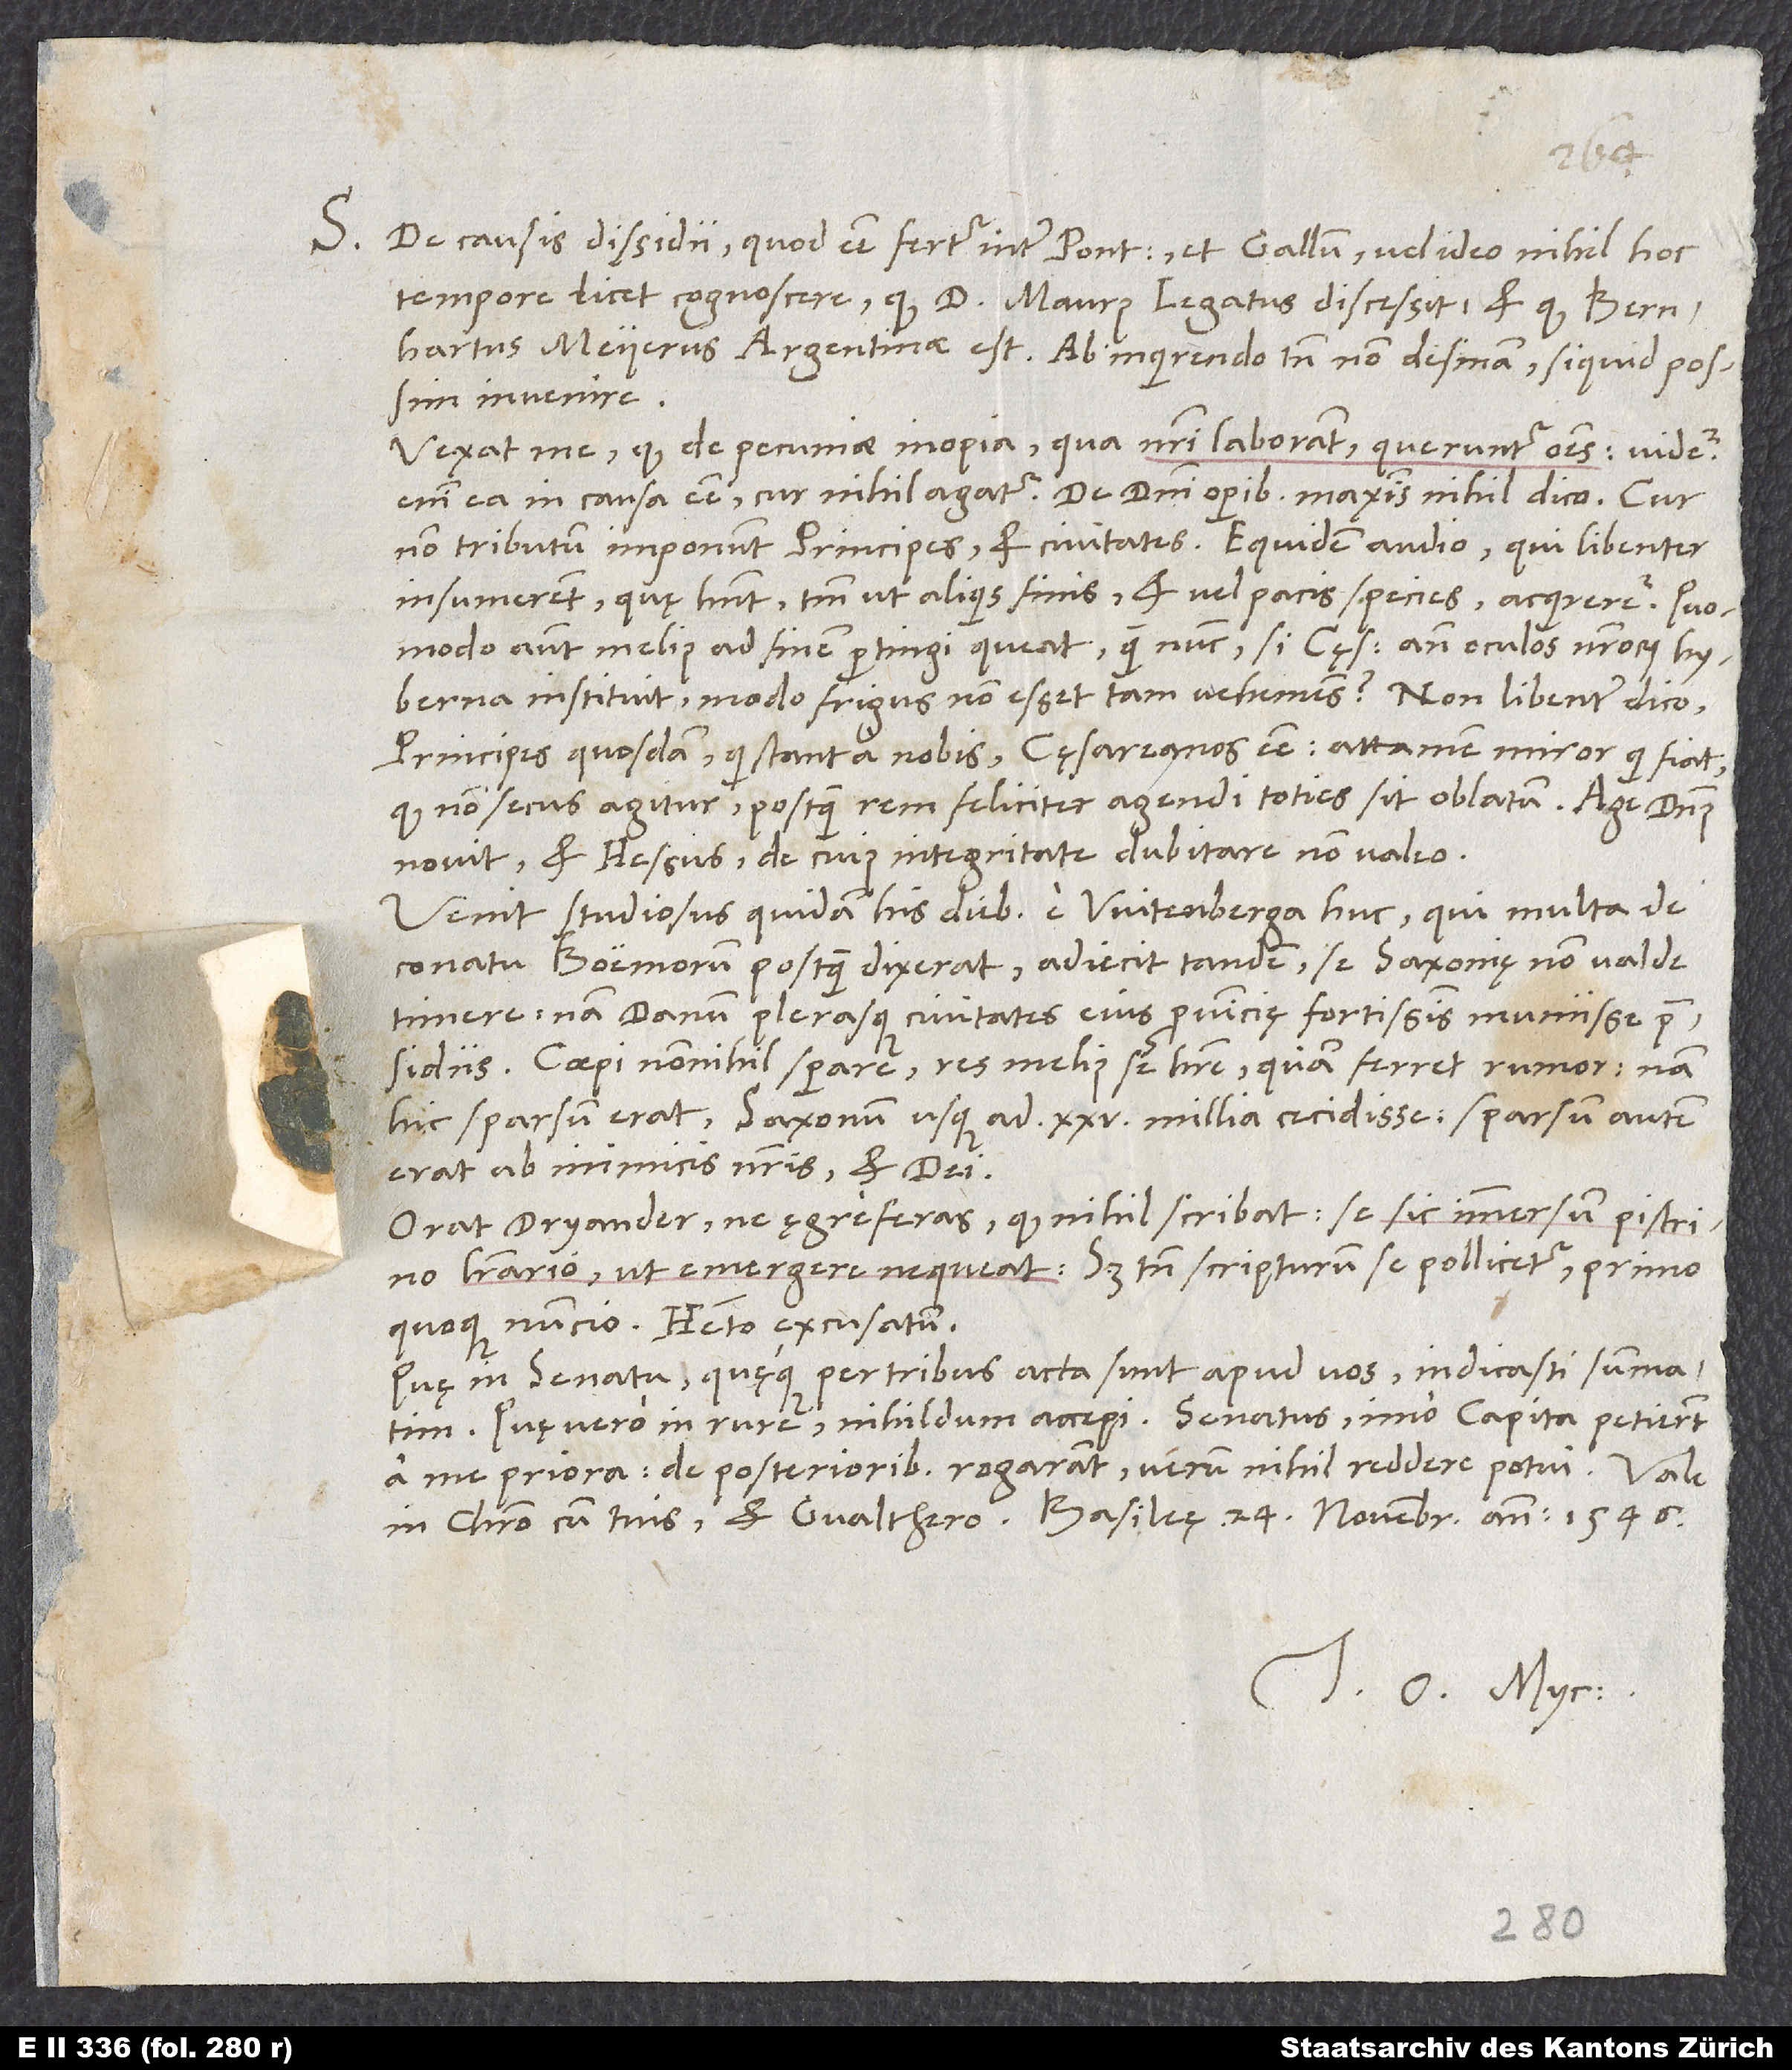
S. De causis dissidii, quod esse fertur inter pontificem et Gallum, vel ideo nihil hoc
tempore licet cognoscere, quod d. Maurus legatus discessit et quod Bernhartus
Meyerus Argentinae est. Ab inquirendo tamen non desinam, si quid possim
invenire.
Vexat me, quod de pecuniae inopia, qua nostri laborant, queruntur omnes. Videtur
enim ea in causa esse, cur nihil agatur. De domini operibus maximis nihil dico. Cur
non tributum imponunt principes et civitates? Equidem audio, qui libenter
insumerent, quę habent, tamen ut aliquis finis et vel pacis species acquireretur. Quomodo
autem melius ad finem pertingi queat quam nunc, si cęsar ante oculos nostrorum
hyberna instituit, modo frigus non esset tam vehemens? Non libenter dico
principes quosdam, qui stant nobis, cęsareanos esse. Attamen miror, qui fiat,
quod non secus agitur, postquam rem feliciter agendi toties sit oblatum. Age, dominus
novit et Hessus, de cuius integritate dubitare non valeo.
Venit studiosus quidam his diebus e Witenberga huc, qui, multa de
conatu Boëmorum postquam dixerat, adiecit tandem se Saxonię non valde
timere, nam Danum plerasque civitates eius provincię fortissimis muniisse praesidiis.
Coepi nonnihil sperare res melius se habere, quam ferret rumor. Nam
hic sparsum erat Saxonum usque ad 25 millia cecidisse; sparsum autem
erat ab inimicis nostris et dei.
Orat Dryander, ne ęgre feras, quod nihil scribat. Se sic immersum pistrino
litterario, ut emergere nequeat. Sed tamen scripturum se pollicetur primo
quoque nuncio. Habeto excusatum.
Quę in senatu quęque per tribus acta sunt apud vos, indicasti summatim.
Quę vero in rure, nihildum accepi. Senatus, imo capita petierunt
a me priora. De posterioribus rogarant, verum nihil reddere potui.
in Christo cum tuis et Gvalthero. Basileę, 24. novembris anni 1546.
Tuus O. Myc.